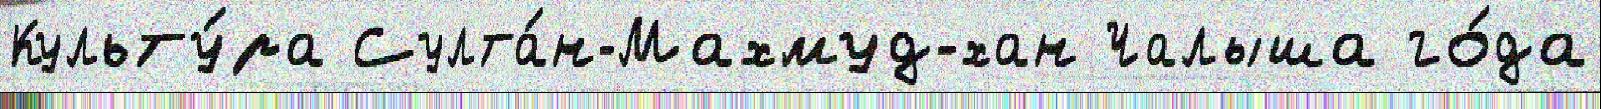
Культу́ра Султа́н-Махмуд-хан Чалыша го́да